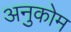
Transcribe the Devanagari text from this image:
अनुकोम